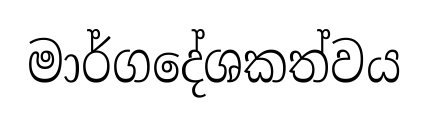
මාර්ගදේශකත්වය